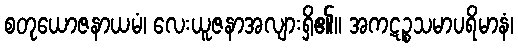
စတုယောဇနာယမံ၊ လေးယူဇနာအလျားရှိ၏။ အကဋဉ္စသမာပရိမာနံ၊